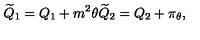
{ \widetilde Q _ { 1 } } = Q _ { 1 } + m ^ { 2 } \theta { \widetilde Q _ { 2 } } = Q _ { 2 } + \pi _ { \theta } ,